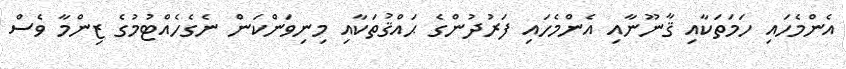
އެންމެހައި ހަމަތަކާއި ޤާނޫނާއި އެންމެހައި ފަރުދުންގެ ޙައްޤުތަކާއި މިނިވަންކަން ނެގެހެއްޓުމުގެ ޒިންމާ ވެސް